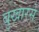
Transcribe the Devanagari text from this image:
बुखारसे